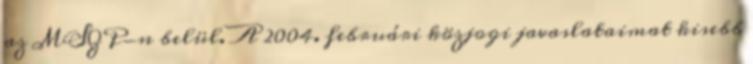
az MSZP-n belül. A 2004. februári közjogi javaslataimat kisebb